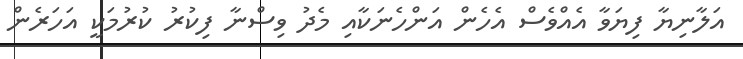
އަލާނިޔާ ފިޔަވާ އެއްވެސް އެހެން އަންހެނަކާއި މެދު ވިސްނާ ފިކުރު ކުރުމަކީ އަހަރެން